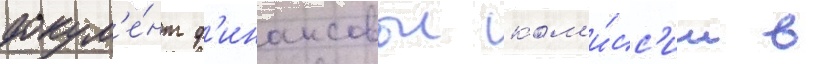
докум'е́нт ф'инансовои ком'и́сс'ии в